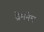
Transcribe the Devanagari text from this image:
व्रेमनेम